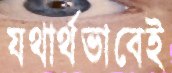
যথার্থভাবেই